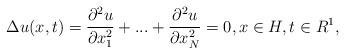
LaTeX: \begin{align*}\Delta u(x,t)=\frac{\partial^{2}u}{\partial x_{1}^{2}}+...+\frac{\partial^{2}u}{\partial x_{N}^{2}}=0,x\in H,t\in R^{1}, \end{align*}